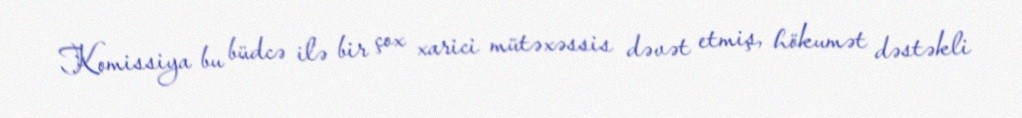
Komissiya bu büdcə ilə bir çox xarici mütəxəssis dəvət etmiş, hökumət dəstəkli